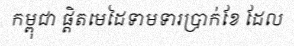
កម្ពុជា ផ្តិតមេដៃទាមទារប្រាក់ខែ ដែល